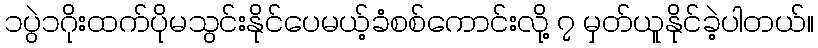
၁ပွဲ၁ဂိုးထက်ပိုမသွင်းနိုင်ပေမယ့်ခံစစ်ကောင်းလို့ ၇ မှတ်ယူနိုင်ခဲ့ပါတယ်။